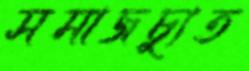
সমাজচ্যুত